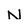
Character: N